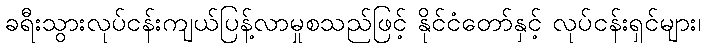
ခရီးသွားလုပ်ငန်းကျယ်ပြန့်လာမှုစသည်ဖြင့် နိုင်ငံတော်နှင့် လုပ်ငန်းရှင်များ၊